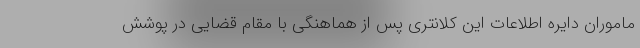
ماموران دایره اطلاعات این کلانتری پس از هماهنگی با مقام قضایی در پوشش